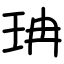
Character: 珃